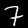
Label: 7